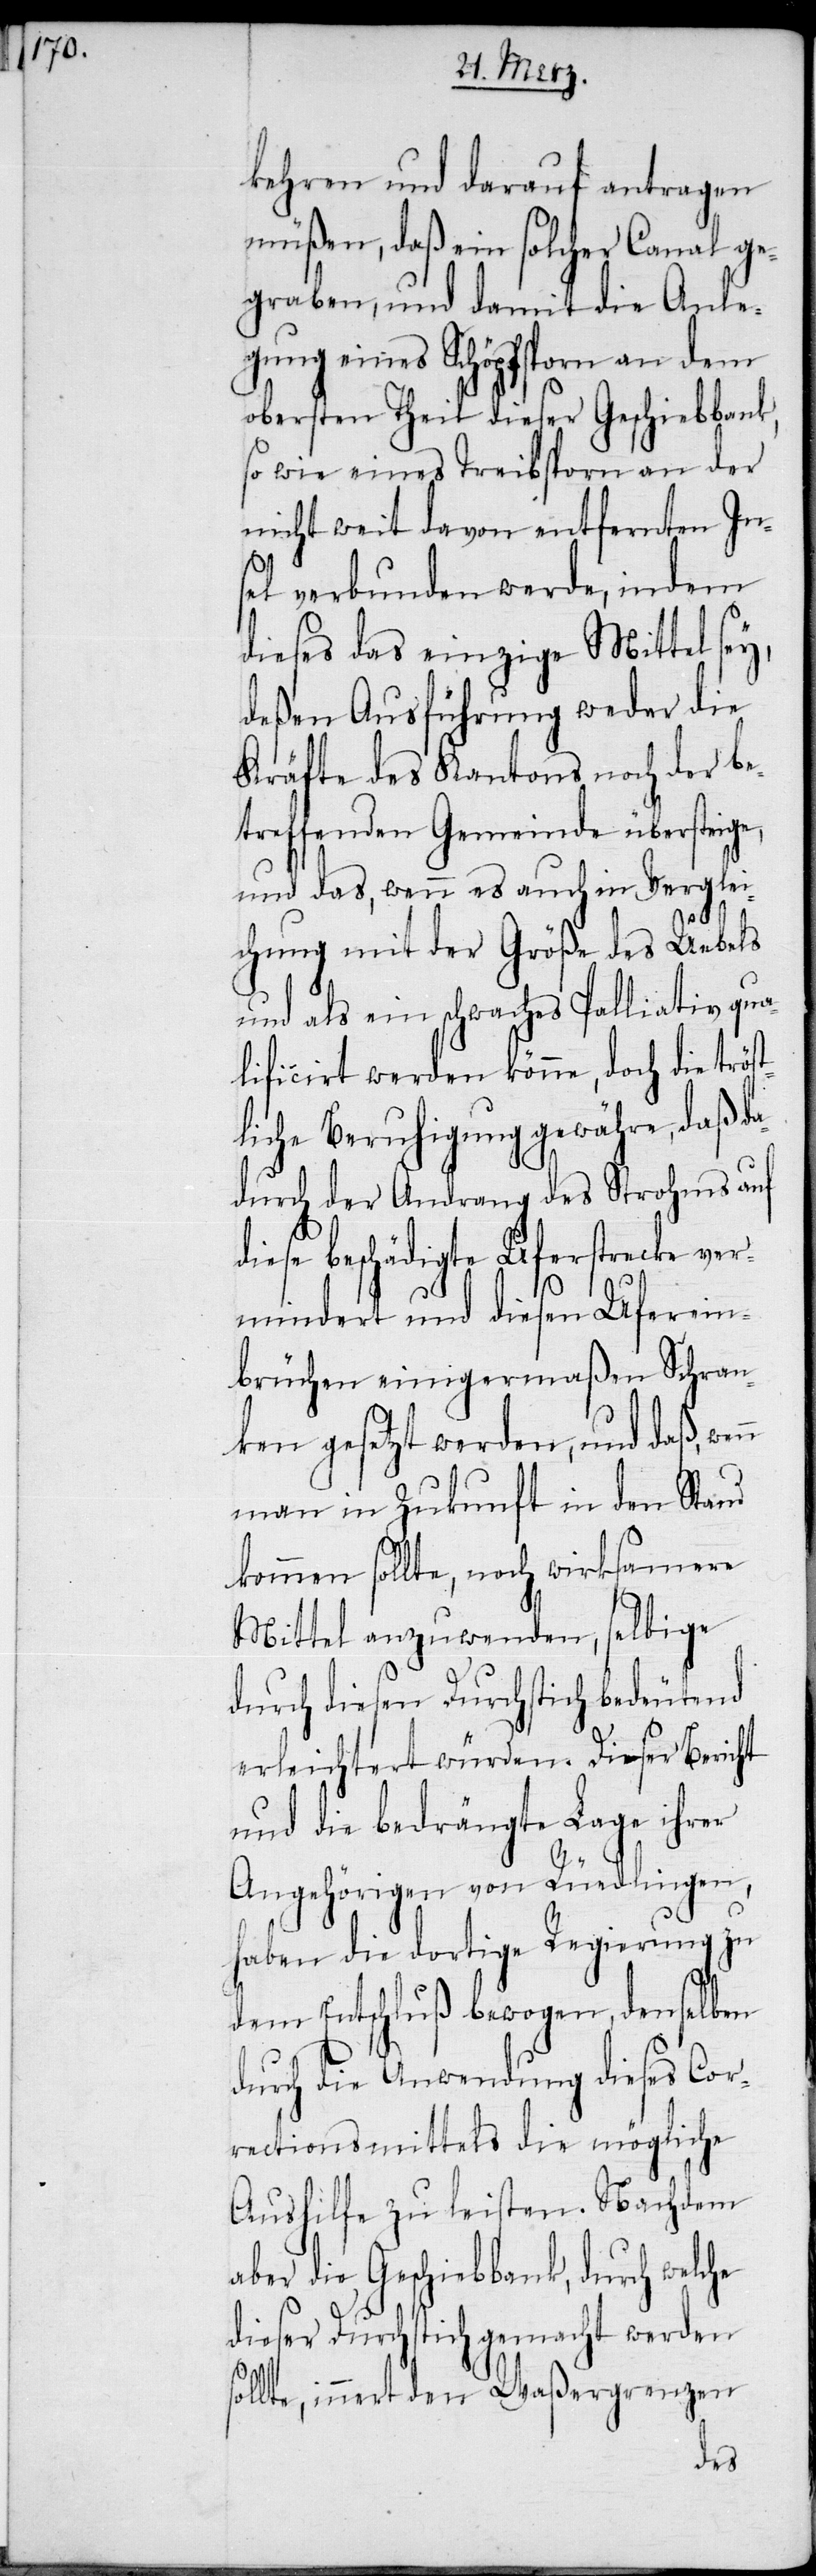
kehren und darauf antragen
müßen, daß ein solcher Canal ge¬
graben, und damit die Anle¬
gung eines Schöpfsporn an dem
obersten Theil dieser Geschiebbank,
so wie eines Treibsporn an der
nicht weit davon entfernten In¬
sel verbunden werde, indem
dieses das einzige Mittel sey,
deßen Ausführung weder die
Kräfte des Kantons noch der be¬
treffenden Gemeinde übersteige,
und das, wenn es auch in Verglei¬
chung mit der Größe des Uebels
und als ein schwaches Palliativ qua¬
lificirt werden könne, doch die tröst¬
liche Beruhigung gewähre, daß da¬
durch der Andrang des Strohms auf
diese beschädigte Uferstrecke ver¬
mindert und diesen Uferein¬
brüchen einigermaßen Schran¬
ken gesetzt werden, und daß,
man in Zukunft in den Stand
kommen sollte, noch wirksamere
Mittel anzuwenden, selbige
durch diesen Durchstich bedeutend
erleichtert würden. Dieser Bericht
und die bedrängte Lage ihrer
Angehörigen von Rüedlingen,
haben die dortige Regierung zu
dem Entschluß bewogen, denselben
durch die Anwendung dieses Cor¬
rectionsmittels die mögliche
Aushilfe zu leisten. Nachdem
aber die Geschiebbank, durch welche
dieser Durchstich gemacht werden
sollte, innert den Waßergrenzen